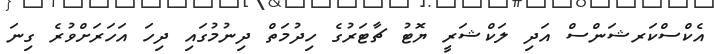
އެކްސްކަރޝަންސް އަދި ލަކްޝަރީ ޔޮޓު ޗާޓަރުގެ ހިދުމަތް ދިނުމުގައި ދިހަ އަހަރަށްވުރެ ގިނަ